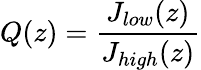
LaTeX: Q(z)=\frac{J_{low}(z)}{J_{high}(z)}